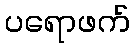
ပရောဖက်